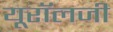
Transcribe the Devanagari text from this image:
यूरॉलजी